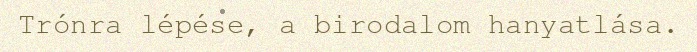
Trónra lépése, a birodalom hanyatlása.